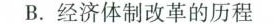
B.经济体制改革的历程